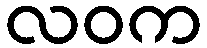
လဝက